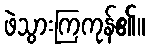
ဖဲသွားကြကုန်၏။